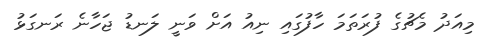
މިއަދު މެޗުގެ ފުރަތަމަ ހާފުގައި ނިއު އަށް ވަނީ ލަނޑު ޖަހާނެ ރަނގަޅު